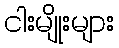
ငါးမျိုးများ